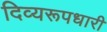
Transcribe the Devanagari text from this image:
दिव्यरूपधारी